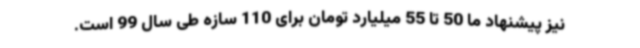
نیز پیشنهاد ما 50 تا 55 میلیارد تومان برای 110 سازه طی سال 99 است.